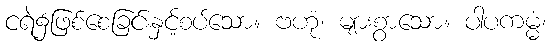
ငရဲ၌ဖြစ်စေခြင်းနှင့်စပ်သော။ ဗဟုံ၊ များစွာသော။ ပါပကမ္မံ၊